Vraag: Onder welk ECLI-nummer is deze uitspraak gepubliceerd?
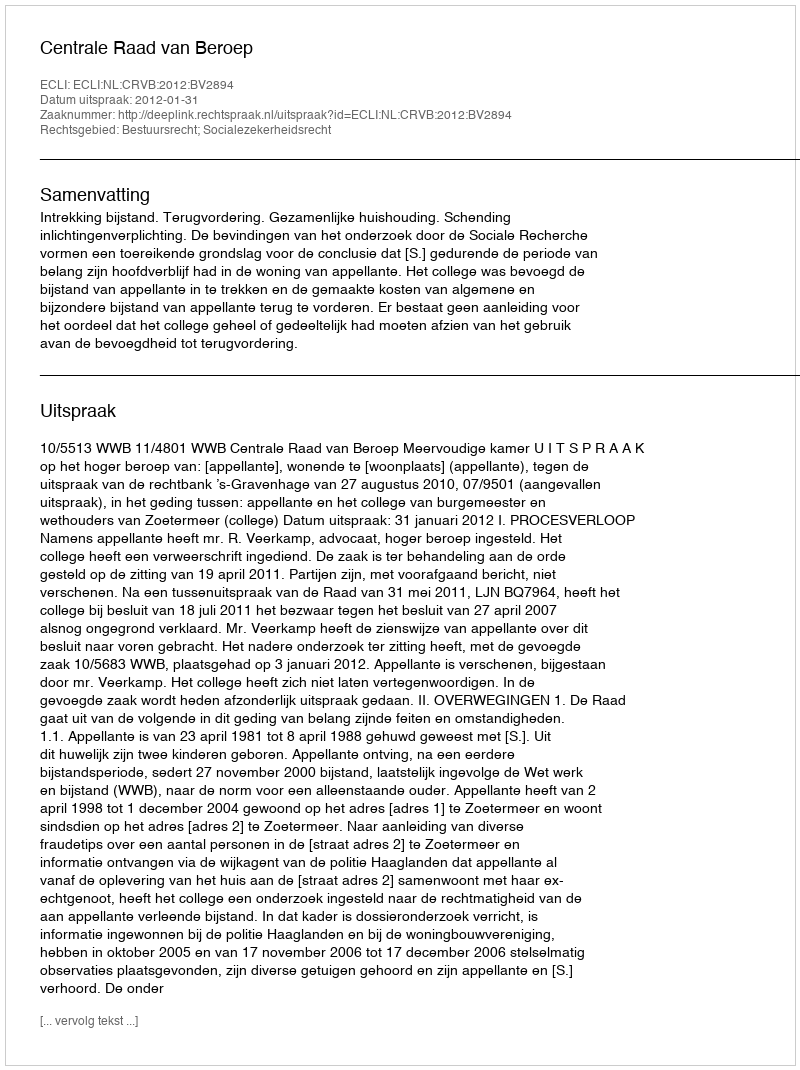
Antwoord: ECLI:NL:CRVB:2012:BV2894